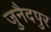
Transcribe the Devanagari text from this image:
जुनैदपुर